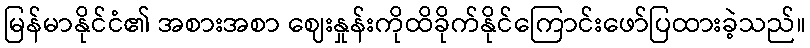
မြန်မာနိုင်ငံ၏ အစားအစာ ဈေးနှုန်းကိုထိခိုက်နိုင်ကြောင်းဖော်ပြထားခဲ့သည်။